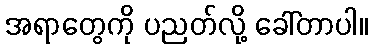
အရာတွေကို ပညတ်လို့ ခေါ်တာပါ။